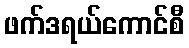
ဖက်ဒရယ်ကောင်စီ